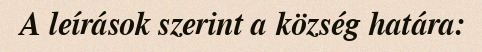
A leírások szerint a község határa: